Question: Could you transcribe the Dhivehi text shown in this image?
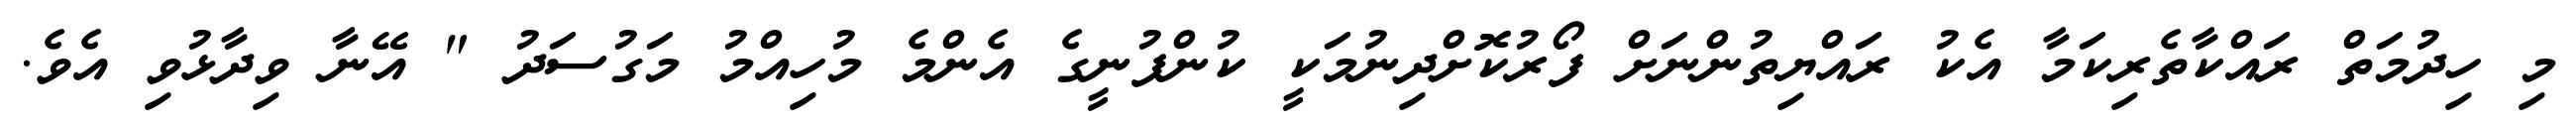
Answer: މި ހިދުމަތް ރައްކާތެރިކަމާ އެކު ރައްޔިތުންނަށް ފޯރުކޮށްދިނުމަކީ ކުންފުނީގެ އެންމެ މުހިއްމު މަގުސަދު " އޭނާ ވިދާޅުވި އެވެ.